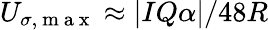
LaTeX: U_{\sigma,\mathrm{~m~a~x~}}\approx|IQ\alpha|/48R